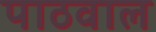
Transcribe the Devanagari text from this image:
पाठवाल